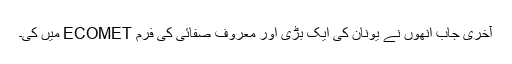
آخری جاب انھوں نے یونان کی ایک بڑی اور معروف صفائی کی فرم ECOMET میں کی۔